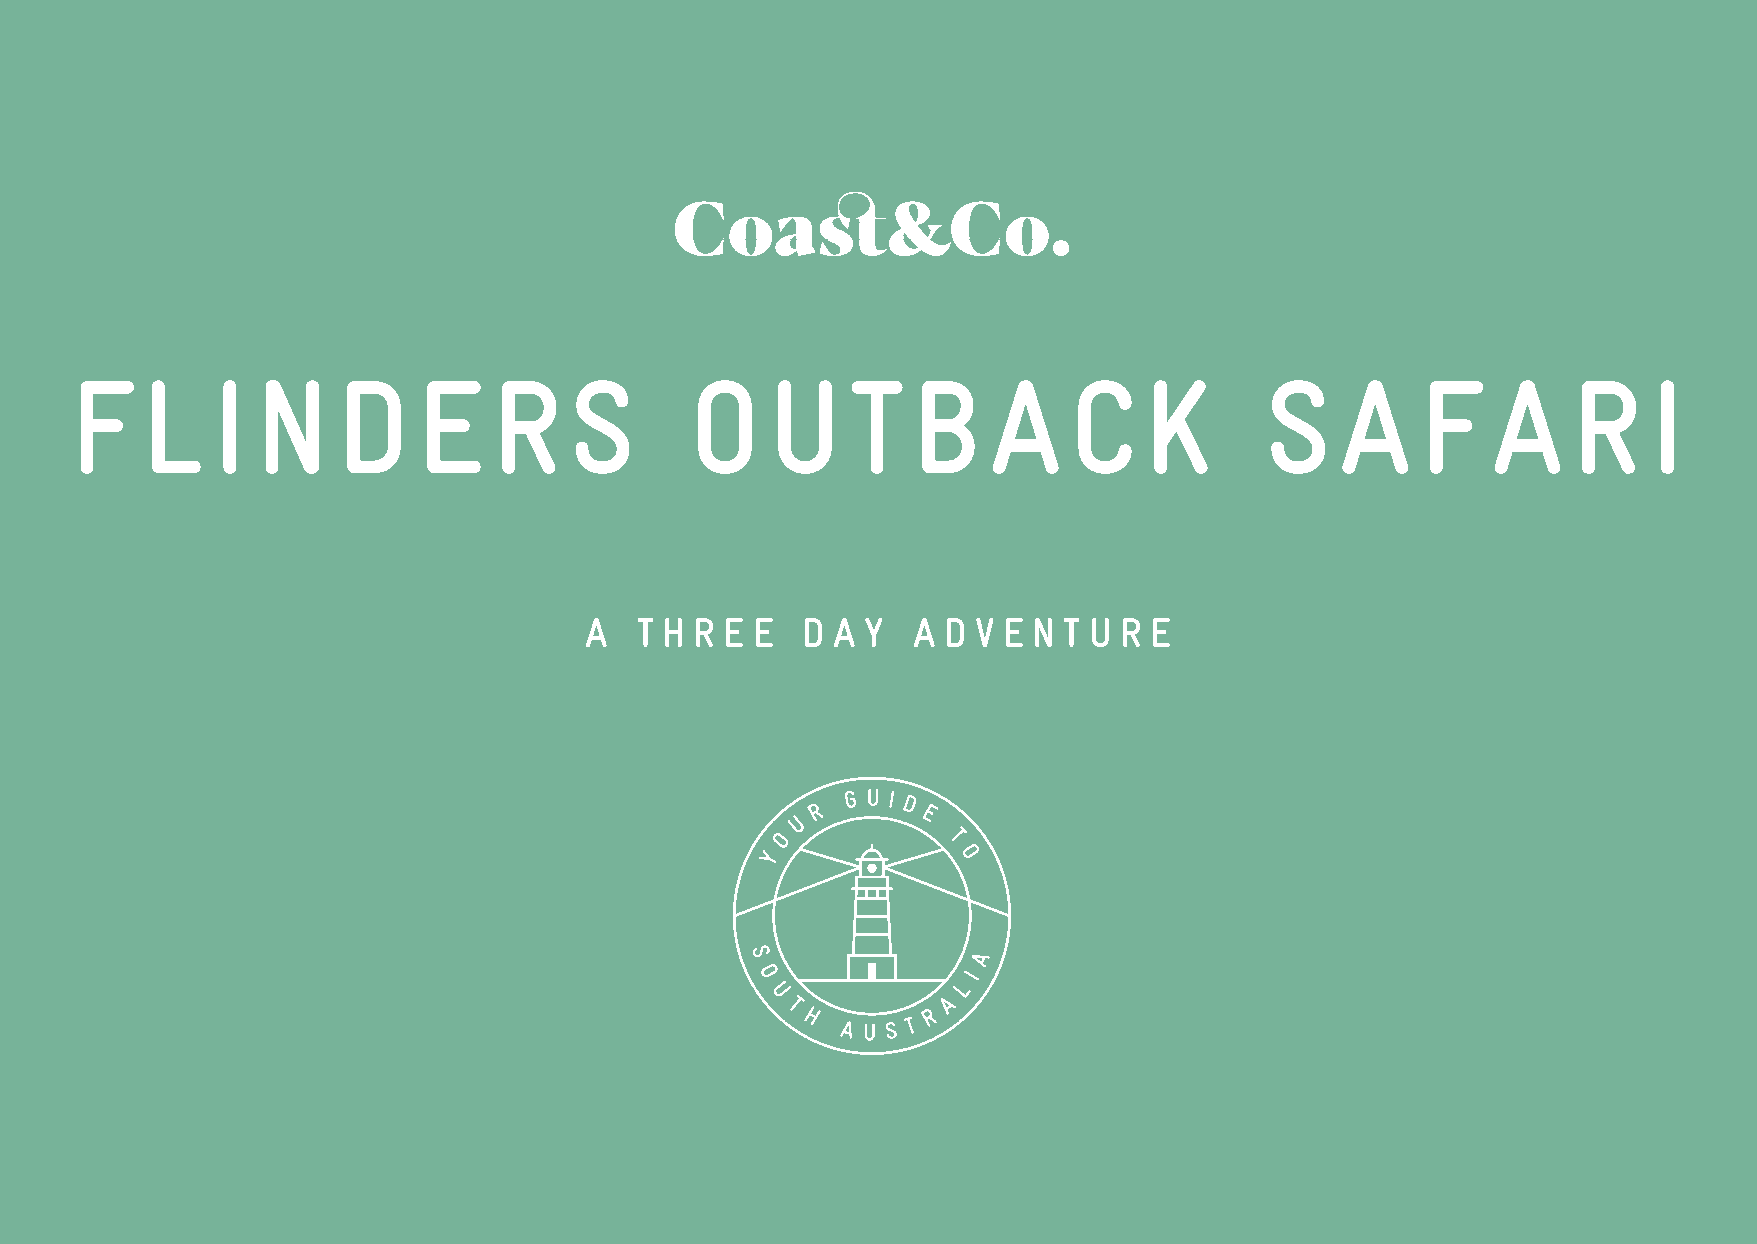
F   L    I  N    D     E    R    S       O    U    T   B    A     C    K       S    A    F    A    R    I
 A  T H R E E  D A Y  A D  V E N T U R E